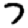
Digit: 7